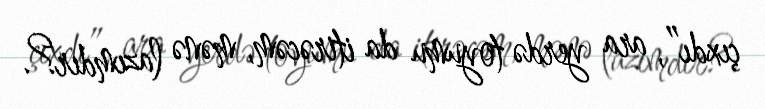
çıxdı”, ara yerdə toyumu da itirəcəm, mənə lazımdır?.